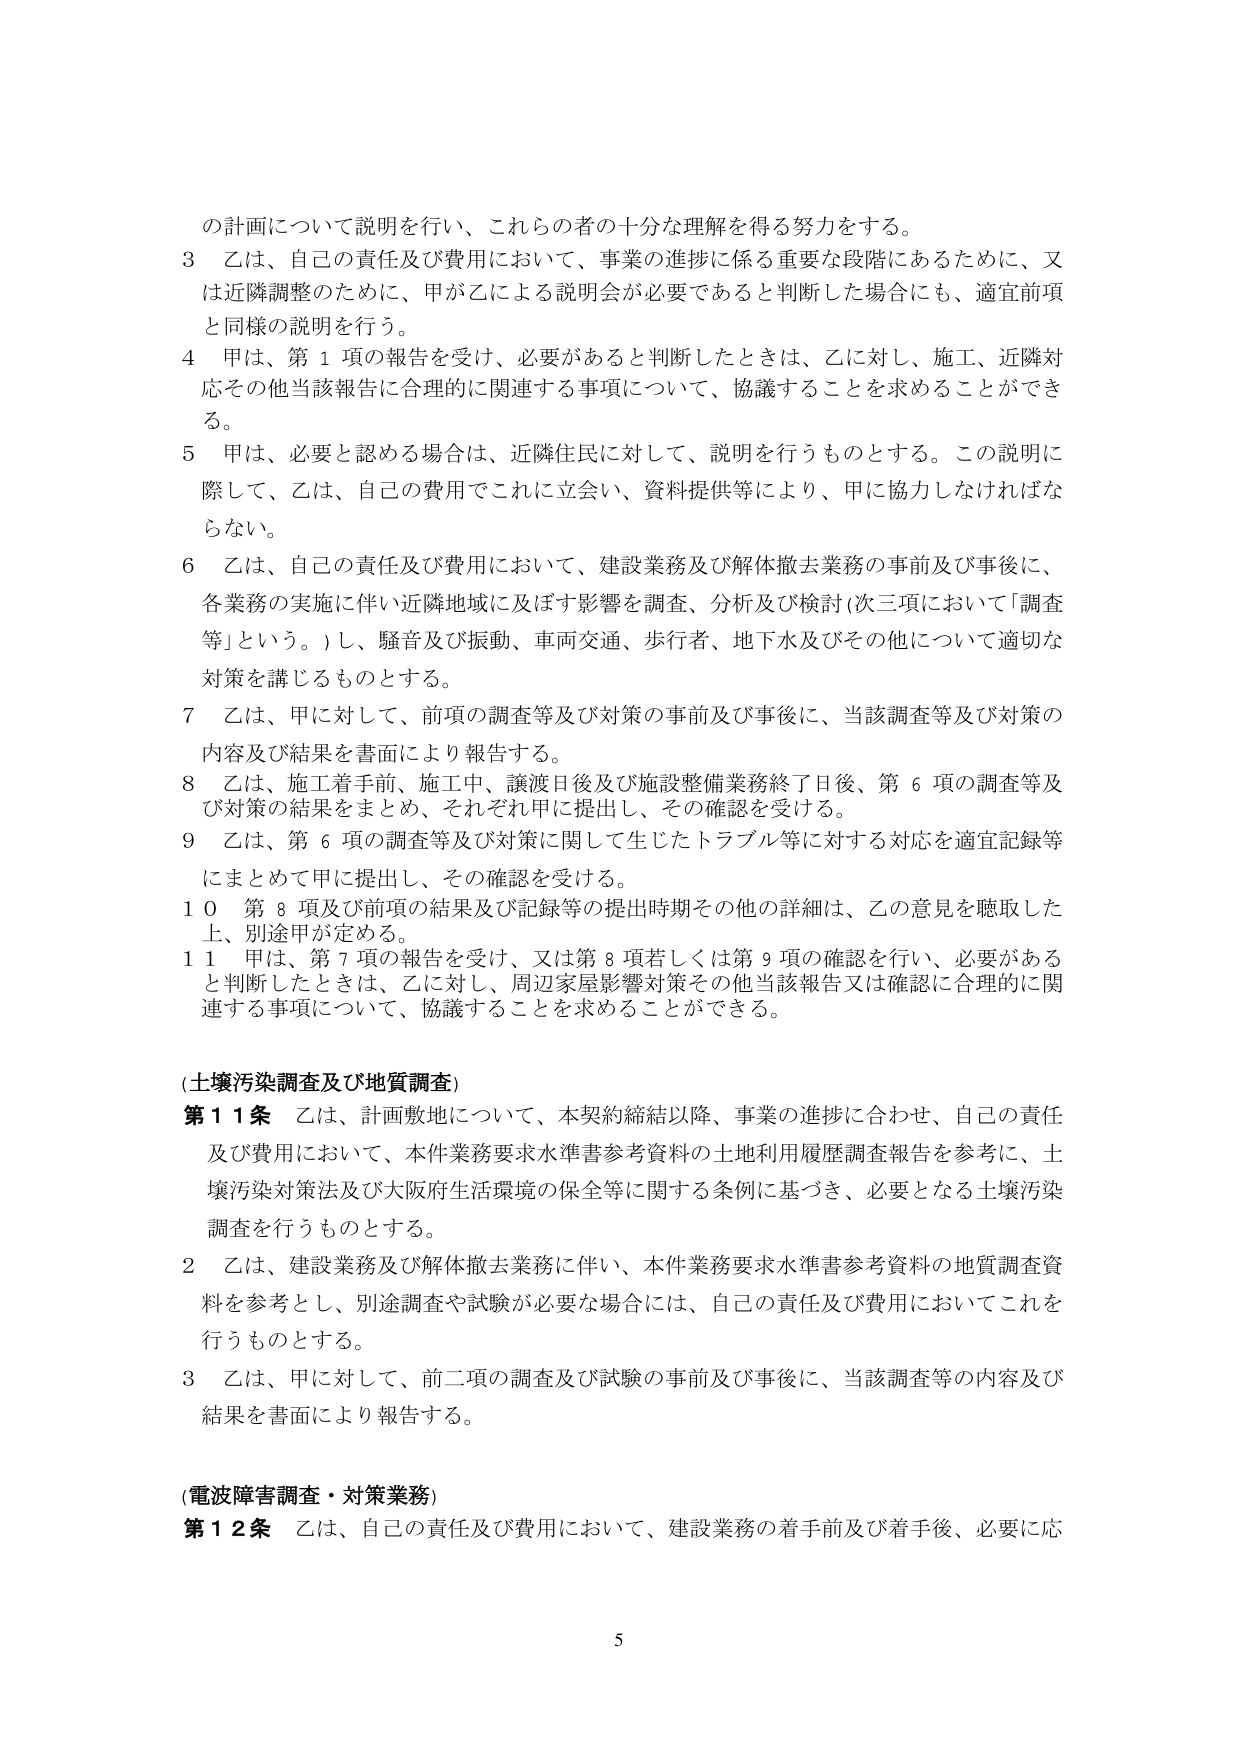
の計画について説明を行い、これらの者の十分な理解を得る努力をする。

3 乙は、自己の責任及び費用において、事業の進捗に係る重要な段階にあるために、又は近隣調整のために、甲が乙による説明会が必要であると判断した場合にも、適宜前項と同様の説明を行う。

4 甲は、第1項の報告を受け、必要があると判断したときは、乙に対し、施工、近隣対応その他当該報告に合理的に関連する事項について、協議することを求めることができる。

5 甲は、必要と認める場合は、近隣住民に対して、説明を行うものとする。この説明に際して、乙は、自己の費用でこれに立会い、資料提供等により、甲に協力しなければならない。

6 乙は、自己の責任及び費用において、建設業務及び解体撤去業務の事前及び事後に、各業務の実施に伴い近隣地域に及ぼす影響を調査、分析及び検討（次三項において「調査等」という。）し、騒音及び振動、車両交通、歩行者、地下水及びその他について適切な対策を講じるものとする。

7 乙は、甲に対して、前項の調査等及び対策の事前及び事後に、当該調査等及び対策の内容及び結果を書面により報告する。

8 乙は、施工着手前、施工中、譲渡日後及び施設整備業務終了日後、第6項の調査等及び対策の結果をまとめ、それぞれ甲に提出し、その確認を受ける。

9 乙は、第6項の調査等及び対策に関して生じたトラブル等に対する対応を適宜記録等にまとめて甲に提出し、その確認を受ける。

10 第8項及び前項の結果及び記録等の提出時期その他の詳細は、乙の意見を聴取した上、別途甲が定める。

11 甲は、第7項の報告を受け、又は第8項若しくは第9項の確認を行い、必要があると判断したときは、乙に対し、周辺家屋影響対策その他当該報告又は確認に合理的に関連する事項について、協議することを求めることができる。

(土壌汚染調査及び地質調査)

第11条 乙は、計画敷地について、本契約締結以降、事業の進捗に合わせ、自己の責任及び費用において、本件業務要求水準書参考資料の土地利用履歴調査報告を参考に、土壌汚染対策法及び大阪府生活環境の保全等に関する条例に基づき、必要となる土壌汚染調査を行うものとする。

2 乙は、建設業務及び解体撤去業務に伴い、本件業務要求水準書参考資料の地質調査資料を参考とし、別途調査や試験が必要な場合には、自己の責任及び費用においてこれを行うものとする。

3 乙は、甲に対して、前二項の調査及び試験の事前及び事後に、当該調査等の内容及び結果を書面により報告する。

(電波障害調査・対策業務)

第12条 乙は、自己の責任及び費用において、建設業務の着手前及び着手後、必要に応

5